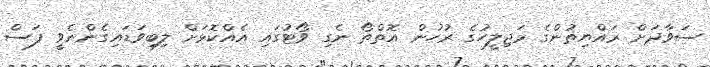
ސަވާދަށް ރައްޔިތުންގެ މަޖިލީހުގެ ރުހުން އޮތްތޯ ނެގި ވޯޓުގައި އެއްކޮޅަށް ލިބިވަޑައިގެންނެވީ ފަސް